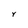
Character: Y